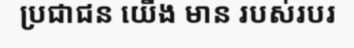
ប្រជាជន យើង មាន របស់របរ